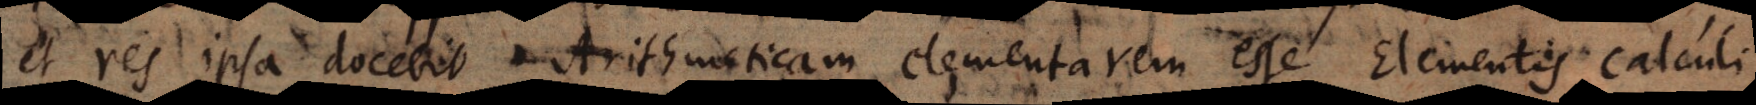
et res ipsa docebit Arithmeticam elementarem esse Elementis Calcul